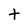
Character: t